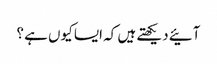
آئیے دیکھتے ہیں کہ ایسا کیوں ہے ؟